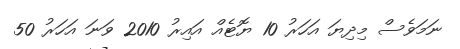
ނަމަވެސް މިދިޔަ އަހަރު 10 ޔޮޓެއް އައިރު 2010 ވަނަ އަހަރު 50